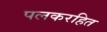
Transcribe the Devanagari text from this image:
पलकरहित